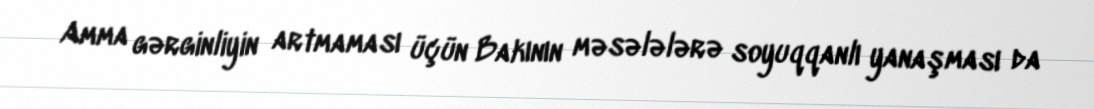
Amma gərginliyin artmaması üçün Bakının məsələlərə soyuqqanlı yanaşması da